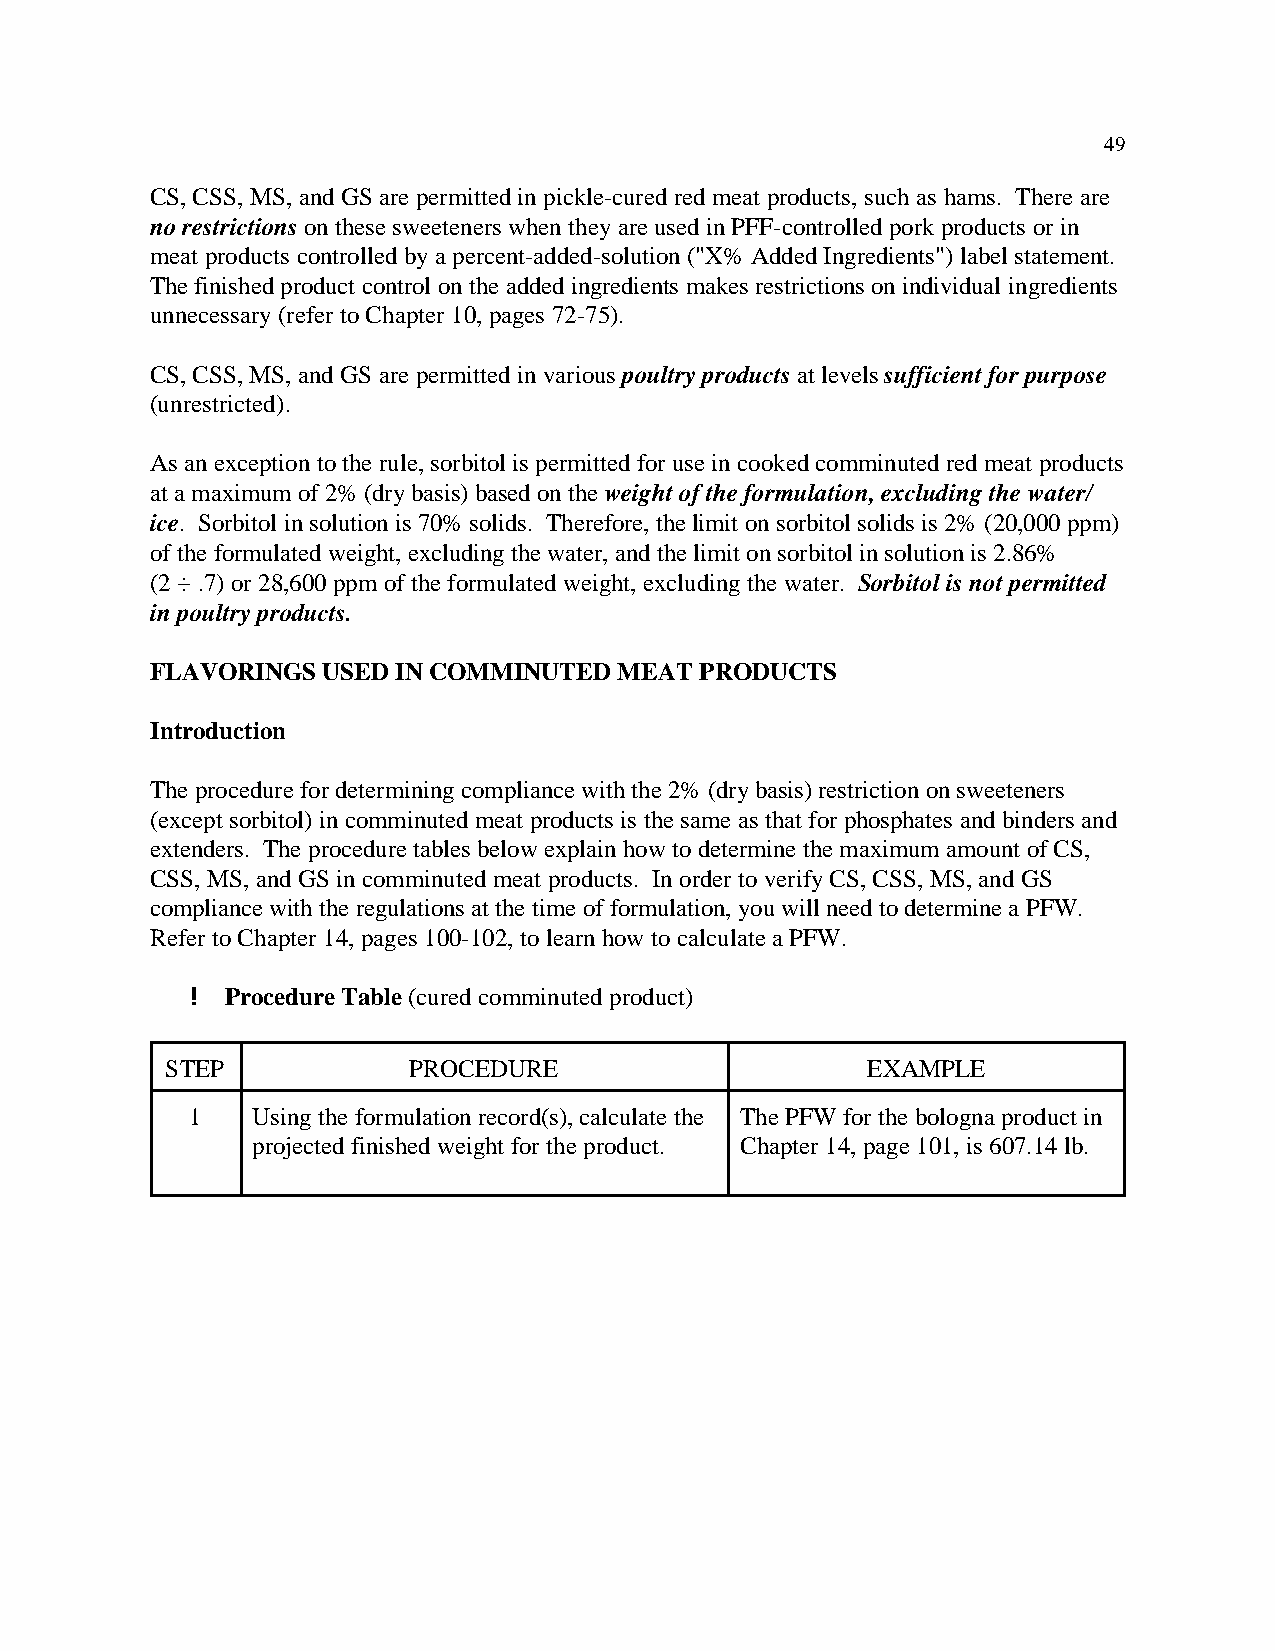
49
 CS, CSS, MS, and GS are permitted in pickle-cured red meat products, such as hams. There are
 no restrictions on these sweeteners when they are used in PFF-controlled pork products or in
 meat products controlled by a percent-added-solution ("X% Added Ingredients") label statement.
 The finished product control on the added ingredients makes restrictions on individual ingredients
 unnecessary (refer to Chapter 10, pages 72-75).
 CS, CSS, MS, and GS are permitted in various poultry products at levels sufficient for purpose
 (unrestricted).
 As an exception to the rule, sorbitol is permitted for use in cooked comminuted red meat products
 at a maximum of 2% (dry basis) based on the weight of the formulation, excluding the water/
 ice. Sorbitol in solution is 70% solids. Therefore, the limit on sorbitol solids is 2% (20,000 ppm)
 of the formulated weight, excluding the water, and the limit on sorbitol in solution is 2.86%
 (2 ÷ .7) or 28,600 ppm of the formulated weight, excluding the water. Sorbitol is not permitted
 in poultry products.
 FLAVORINGS USED IN COMMINUTED  MEAT PRODUCTS
 Introduction
 The procedure for determining compliance with the 2% (dry basis) restriction on sweeteners
 (except sorbitol) in comminuted meat products is the same as that for phosphates and binders and
 extenders. The procedure tables below explain how to determine the maximum amount of CS,
 CSS, MS, and GS in comminuted meat products. In order to verify CS, CSS, MS, and GS
 compliance with the regulations at the time of formulation, you will need to determine a PFW.
 Refer to Chapter 14, pages 100-102, to learn how to calculate a PFW.
 ! Procedure Table (cured comminuted product)
 STEP            PROCEDURE                     EXAMPLE
 1   Using the formulation record(s), calculate the The PFW for the bologna product in
 projected finished weight for the product. Chapter 14, page 101, is 607.14 lb.